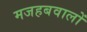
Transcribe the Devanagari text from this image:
मजहबवालों